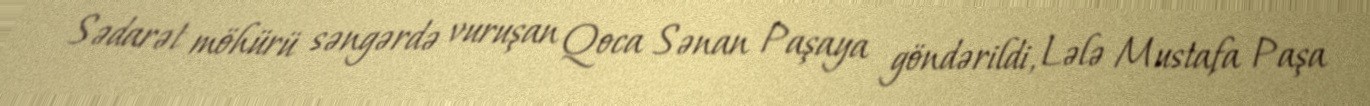
Sədarət möhürü səngərdə vuruşan Qoca Sənan Paşaya göndərildi, Lələ Mustafa Paşa